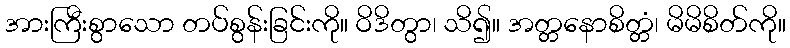
အားကြီးစွာသော တပ်စွန်းခြင်းကို။ ဝိဒိတွာ၊ သိ၍။ အတ္တနောစိတ္တံ၊ မိမိစိတ်ကို။